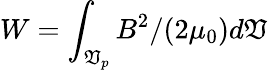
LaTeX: W=\int_{\mathfrak{V}_{p}}B^{2}/(2\mu_{0})d\mathfrak{V}